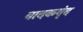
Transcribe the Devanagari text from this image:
वादकवृंद